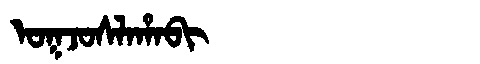
Manchu: ᠣᡴᠵᠣᠰᠯᠠᡥᠠᠪᡳ
Romanization: OKJOSLAHABI